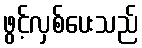
ဖွင့်လှစ်ပေးသည်